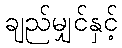
ချည်မျှင်နှင့်